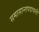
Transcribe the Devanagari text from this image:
समासान्तपदावली